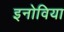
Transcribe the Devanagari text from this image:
इनोविया